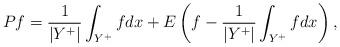
LaTeX: \begin{align*}Pf = \frac{1}{|Y^+|} \int_{Y^+} f dx + E \left(f - \frac{1}{|Y^+|} \int_{Y^+} f dx\right),\end{align*}